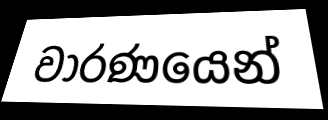
වාරණයෙන්